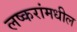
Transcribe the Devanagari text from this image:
लष्करांमधील